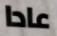
عادا